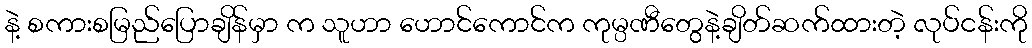
နဲ့ စကားစမြည်ပြောချိန်မှာ က သူဟာ ဟောင်ကောင်က ကုမ္ပဏီတွေနဲ့ချိတ်ဆက်ထားတဲ့ လုပ်ငန်းကို